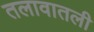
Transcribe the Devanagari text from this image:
तलावातली